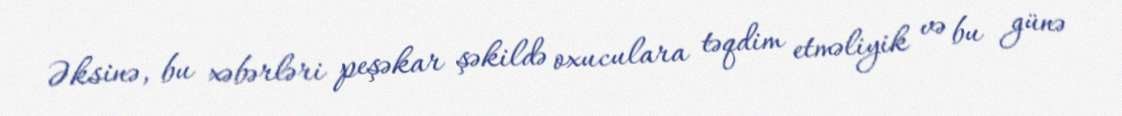
Əksinə, bu xəbərləri peşəkar şəkildə oxuculara təqdim etməliyik və bu günə